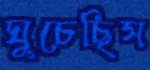
ঘুচেছিস